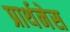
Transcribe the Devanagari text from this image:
प्रार्थनेस